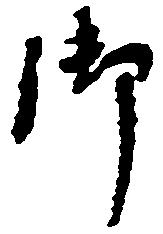
御